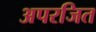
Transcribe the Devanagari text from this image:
अपरजित